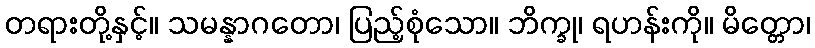
တရားတို့နှင့်။ သမန္နာဂတော၊ ပြည့်စုံသော။ ဘိက္ခု၊ ရဟန်းကို။ မိတ္တော၊